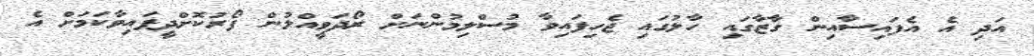
އަދި އެ އެފައިސާއިން ގާޒާގައި ހާލުގައި ޖެހިފައިވާ މުސްލިމުންނަށް ރޯދަވީއްލުން ފޯރުކޮށްދީފައިވާކަމަށް އެ